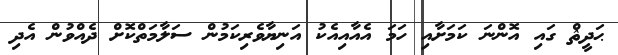
ޙަދީޘް ގައި އޮންނަ ކަމަށާއި ހަމަ އެއާއިއެކު އަނިޔާވެރިކަމުން ސަލާމަތްކޮށް ދެއްވުން އެދި